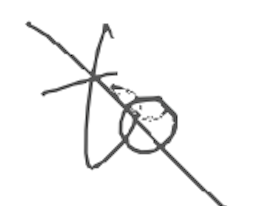
Text: to
Cross-out: diagonal
Writing tool: digital_gray